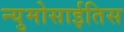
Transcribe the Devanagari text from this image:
न्युमोसाईतिस